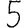
Digit: 5